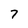
Character: 7